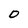
Character: O